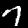
Digit: 7